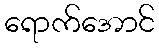
ရောက်အောင်